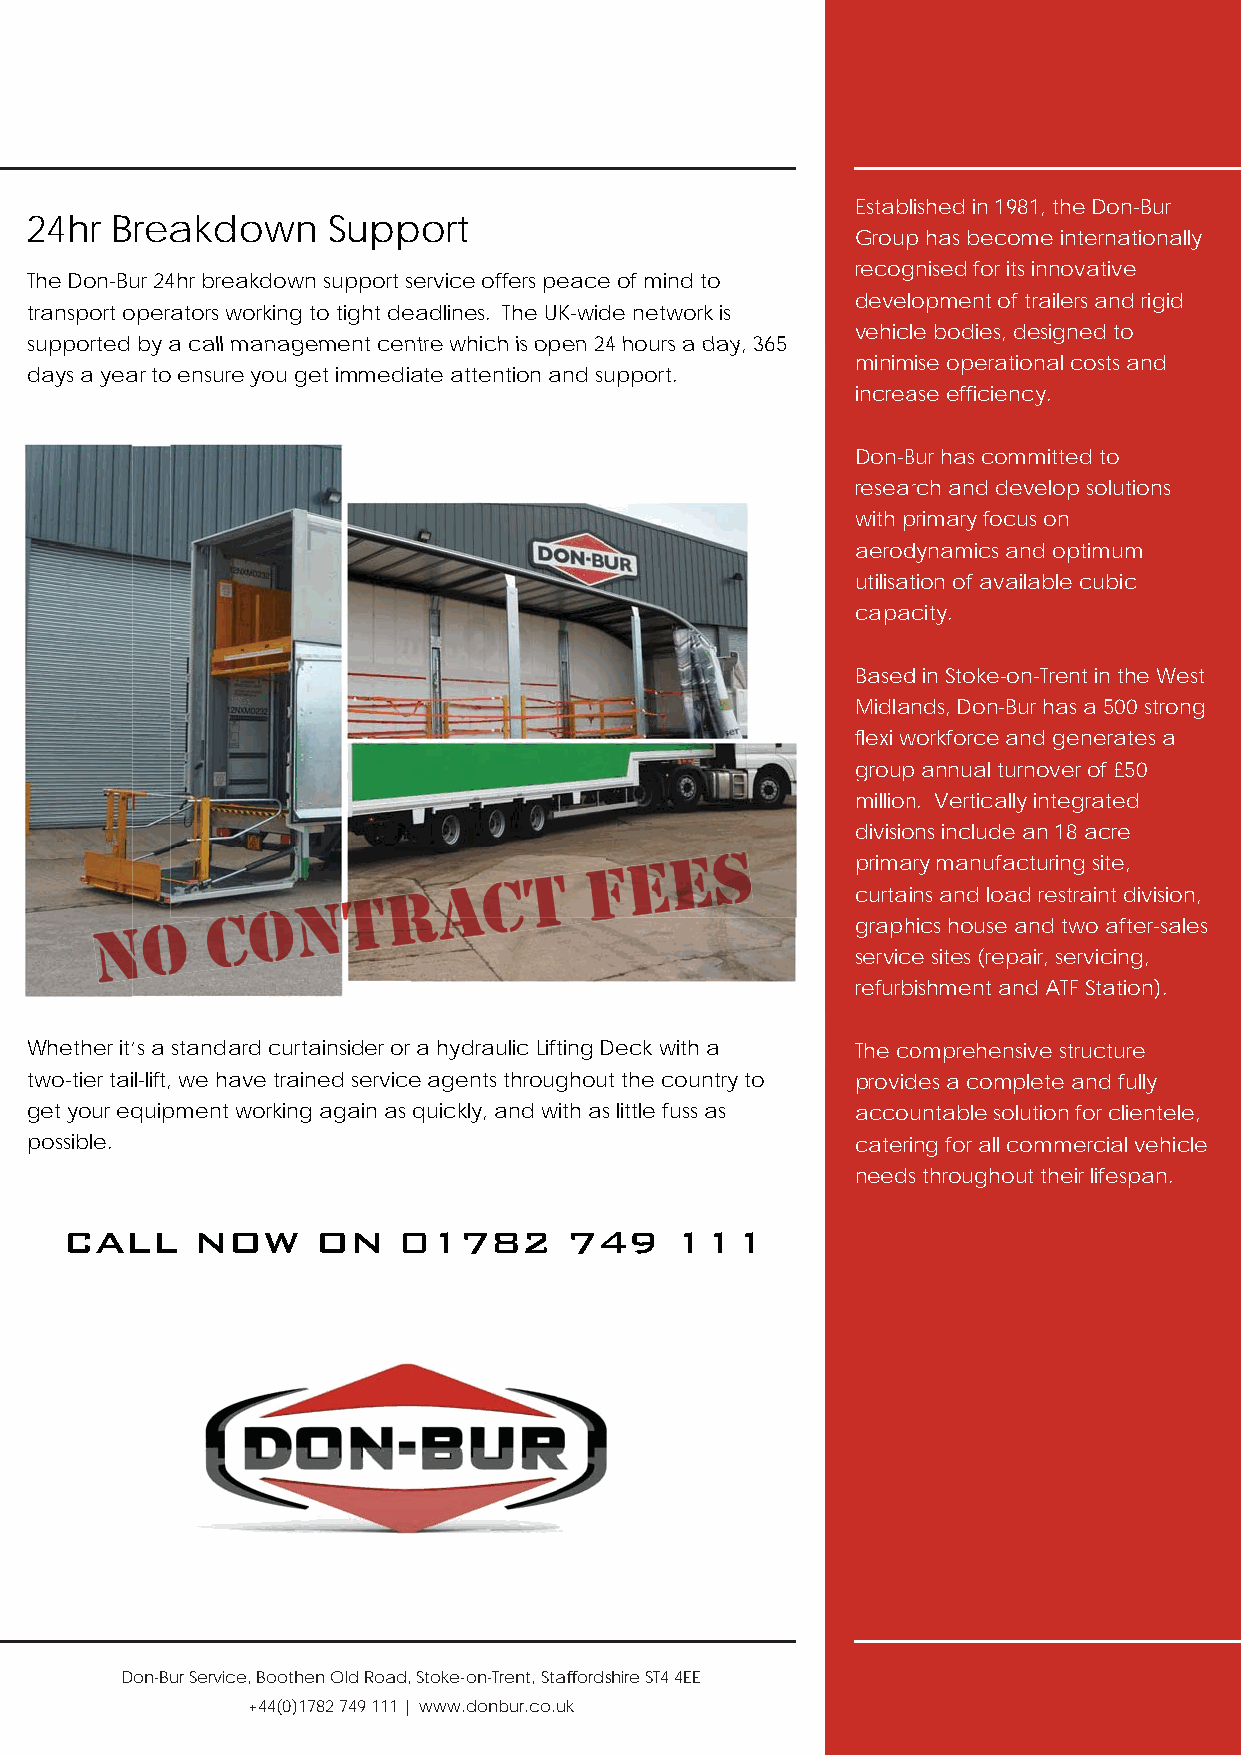
Established in 1981, the Don-Bur
 24hr Breakdown      Support
 Group has become internationally
 recognised for its innovative
 The Don-Bur 24hr breakdown support service offers peace of mind to
 development of trailers and rigid
 transport operators working to tight deadlines. The UK-wide network is
 vehicle bodies, designed to
 supported bbyy aa ccaallll mmaannaaggeemmeenntt cceennttrree wwhhiicchh iiss ooppeenn 2244 hhoouurrss aa ddaayy,, 336655
 mmiinniimmise operational costs and
 days a yeaarr ttoo eennssuurree yyoouu ggeett iimmmmeeddiiaattee aatttteennttiioonn aanndd ssuuppppoorrtt..
 iinnccrreeaase efficiency.
 DDoonn--BBur has committed to
 rreesseeaarrch and develop solutions
 wwiitthh pprimary focus on
 aaeerrooddynamics and optimum
 uuttiilliissaattion of available cubic
 ccaappaacity.
 BBaasseedd in Stoke-on-Trent in the West
 MMiiddllaands, Don-Bur has a 500 strong
 fflleexxii wworkforce and generates a
 ggrroouupp annual turnover of £50
 mmiilllliioonn. Vertically integrated
 ddiivviissiioons include an 18 acre
 pprriimmaary manufacturing site,
 ccuurrttaaiins and load restraint division,
 ggrraapphhics house and two after-sales
 sseerrvviicce sites (repair, servicing,
 rreeffuurrbbishment and ATF Station).
 Whether it’’ss aa ssttaannddaarrdd ccuurrttaaiinnssiiddeerr oorr aa hhyyddrraauulliicc LLiiffttiinngg DDeecckk wwiitthh aa TThhee ccoomprehensive structure
 two-tier tail-lift, we have trained service agents throughout the country to provides a complete and fully
 get your equipment working again as quickly, and with as little fuss as accountable solution for clientele,
 possible.                                              catering for all commercial vehicle
 needs throughout their lifespan.
 CALL     NOW     ON   01782       749    111
 Don-Bur Service, Boothen Old Road, Stoke-on-Trent, Staffordshire ST4 4EE
 +44(0)1782 749 111 | www.donbur.co.uk